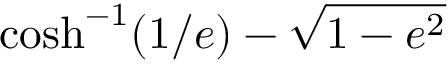
\cosh ^ { - 1 } ( 1 / e ) - { \sqrt { 1 - e ^ { 2 } } }